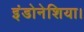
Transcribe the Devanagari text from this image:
इंडोनेशिया।